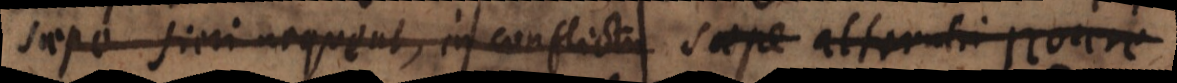
saepe fieri nequeat, in conflictu saepe alterutri nocere